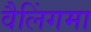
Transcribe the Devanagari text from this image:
वैलिंगमा